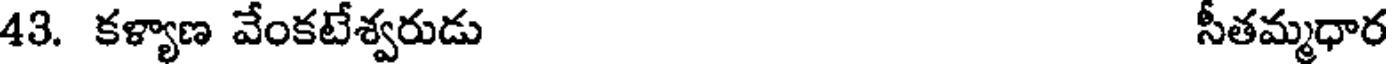
43. కళ్యాణ వేంకటేశ్వరుడు సీతమ్మధార